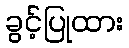
ခွင့်ပြုထား